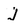
Character: J